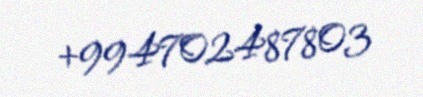
+994702487803